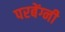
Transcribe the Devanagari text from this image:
परबेंग्नी